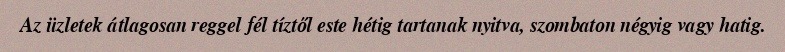
Az üzletek átlagosan reggel fél tíztől este hétig tartanak nyitva, szombaton négyig vagy hatig.